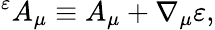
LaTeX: {}^{\varepsilon}A_{\mu}\equiv A_{\mu}+\nabla_{\mu}\varepsilon,